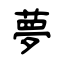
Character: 夢